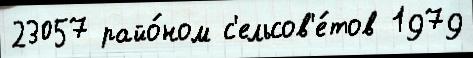
23057 райо́ном с'ельсов'е́тов 1979